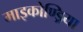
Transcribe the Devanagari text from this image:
माइकोण्ड्रिया